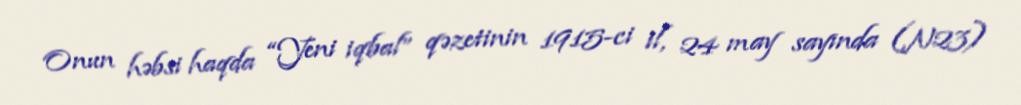
Onun həbsi haqda “Yeni iqbal” qəzetinin 1915-ci il, 24 may sayında (N23)